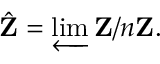
{ \hat { \mathbf { Z } } } = \varprojlim \mathbf { Z } / n \mathbf { Z } .